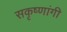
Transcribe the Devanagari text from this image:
सकृष्णांगी